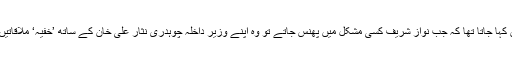
وہ ہی ہیں کہ جن کے بارے میں کہا جاتا تھا کہ جب نواز شریف کسی مشکل میں پھنس جاتے تو وہ اپنے وزیر داخلہ چوہدری نثار علی خان کے ساتھ ’خفیہ‘ ملاقاتیں کر کے بلائیں ٹالا کرتے تھے۔